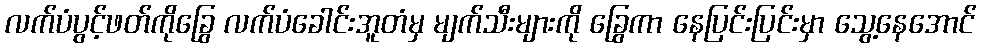
လက်ပံပွင့်ဖတ်ကိုခြွေ လက်ပံခေါင်းအူတံမှ မျက်သီးများကို ခြွေကာ နေပြင်းပြင်းမှာ သွေ့နေအောင်